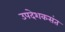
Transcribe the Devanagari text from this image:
उपदेशकसंत